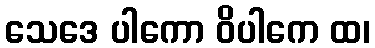
သေဒေ ပါကော ဝိပါကေ ထ၊